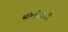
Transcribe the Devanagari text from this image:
संततीसाठी